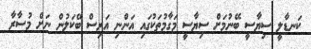
ކަނޑާލީ ސިޔާސީ ބޭނުމަށް ސިޔާސީ މަގާމުތަކުގައި އަންނި އަރިސް ބޭކަލުން ނަށް މުސާރާ